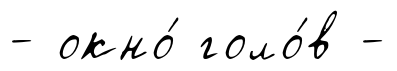
- окно́ голо́в -